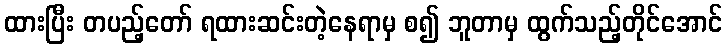
ထားပြီး တပည့်တော် ရထားဆင်းတဲ့နေရာမှ စ၍ ဘူတာမှ ထွက်သည့်တိုင်အောင်